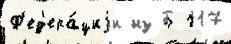
Ф'ед'ера́циjи из Б 117